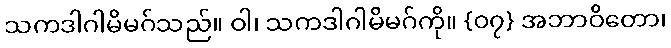
သကဒါဂါမိမဂ်သည်။ ဝါ၊ သကဒါဂါမိမဂ်ကို။ {၀၇} အဘာဝိတော၊